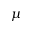
\mu